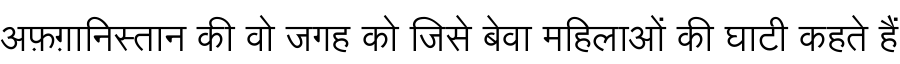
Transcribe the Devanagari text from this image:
अफ़ग़ानिस्तान की वो जगह को जिसे बेवा महिलाओं की घाटी कहते हैं